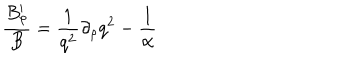
{ \frac { B _ { \rho } ^ { \prime } } { B } } = { \frac { 1 } { q ^ { 2 } } } \partial _ { \rho } q ^ { 2 } - { \frac { 1 } { \alpha } }